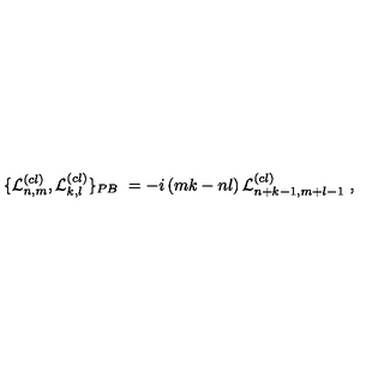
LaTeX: \{ { { \cal { L } } _ { n , m } ^ { ( c l ) } } , { { \cal { L } } _ { k , l } ^ { ( c l ) } } \} _ { P B } \ = - i \left( m k - n l \right) { { \cal { L } } _ { n + k - 1 , m + l - 1 } ^ { ( c l ) } } \ ,